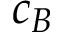
c _ { B }